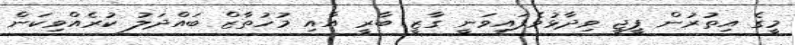
މީގެ އިތުރުން ޕީޖީ ވިދާޅުވެފައިވަނީ ގާޒީ ބާރީ އާއި މުހުތާޒް ބައްދަލު ކުރެއްވިކަން